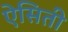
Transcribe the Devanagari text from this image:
ऐसिती